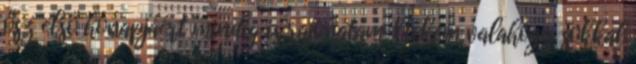
ősz első hónapjáért mindig is rajongtam. Nekem valahogy sokkal